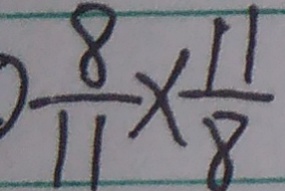
\frac { 8 } { 1 1 } \times \frac { 1 1 } { 8 }